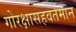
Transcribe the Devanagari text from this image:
गोरक्षासहवर्तमान